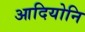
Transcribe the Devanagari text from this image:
आदियोनि